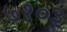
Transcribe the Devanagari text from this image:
७१०३